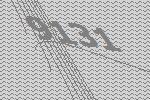
9131